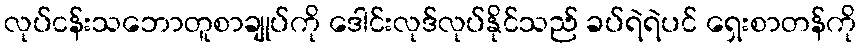
လုပ်ငန်းသဘောတူစာချုပ်ကို ဒေါင်းလုဒ်လုပ်နိုင်သည် ခပ်ရဲရဲပင် ရှေးစာတန်ကို